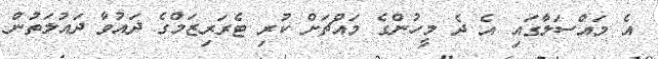
އެ މައްސަލާގައި އެ ދެ މީހުންގެ މައްޗަށް ކުރި ޓެރަރިޒަމްގެ ދައުވާ ދައުލަތުން